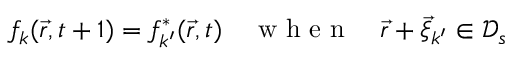
f _ { k } ( \vec { r } , t + 1 ) = f _ { k ^ { \prime } } ^ { * } ( \vec { r } , t ) \quad \mathrm { ~ w ~ h ~ e ~ n ~ } \quad \vec { r } + \vec { \xi } _ { k ^ { \prime } } \in \mathcal { D } _ { s }